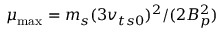
\mu _ { \operatorname* { m a x } } = m _ { s } ( 3 v _ { t s 0 } ) ^ { 2 } / ( 2 \ensuremath { B _ { p } } ^ { 2 } )